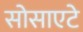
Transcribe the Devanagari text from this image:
सोसाएटे